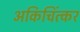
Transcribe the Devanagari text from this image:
अकिचिंत्कर